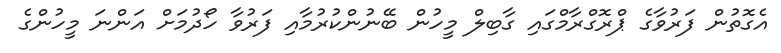
އެގޮތުން ފަރުވާގެ ޕްރޮގްރާމްގައި ގާބިލް މީހުން ބޭނުންކުރުމާއި ފަރުވާ ހޯދުމަށް އަންނަ މީހުންގެ